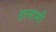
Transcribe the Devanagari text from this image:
इल्हामी